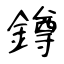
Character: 鐏